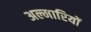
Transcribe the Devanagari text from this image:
अल्मारियों